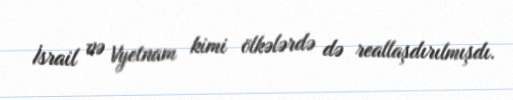
İsrail və Vyetnam kimi ölkələrdə də reallaşdırılmışdı.